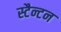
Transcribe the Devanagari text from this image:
स्टैन्टन